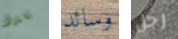
تسدد وسائد رجل